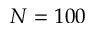
N = 1 0 0